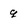
Character: q